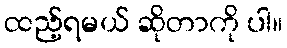
ထည့်ရမယ် ဆိုတာကို ပါ။